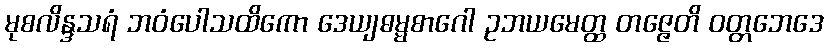
မုစလိန္ဒသရံ ဘဝံပေါသထိကော ဒေယျဓမ္မစာဂေါ ဥဘယမေတ္ထ တဇ္ဇေတိ ဝတ္တဘေဒေ